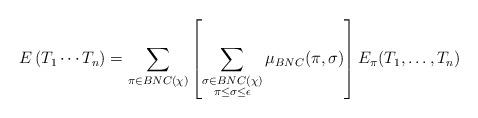
LaTeX: \begin{align*}E\left(T_1 \cdots T_n\right)= \sum_{\pi\in BNC(\chi)} \left[\sum_{\substack{\sigma\in BNC(\chi)\\ \pi\leq\sigma\leq \epsilon}} \mu_{BNC}(\pi, \sigma)\right] E_\pi(T_1, \ldots, T_n)\end{align*}